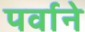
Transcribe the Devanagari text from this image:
पर्वाने